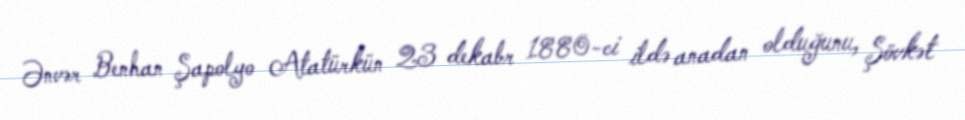
Ənvər Benhan Şapolyo Atatürkün 23 dekabr 1880-ci ildə anadan olduğunu, Şövkət